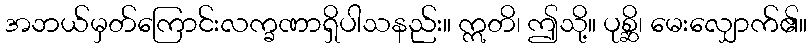
အဘယ်မှတ်ကြောင်းလက္ခဏာရှိပါသနည်း။ ဣတိ၊ ဤသို့။ ပုစ္ဆိ၊ မေးလျှောက်၏။